Indian journal of veterinary science and animal husbandry - Volumes 22-23, 1952-1953
Year: 1952
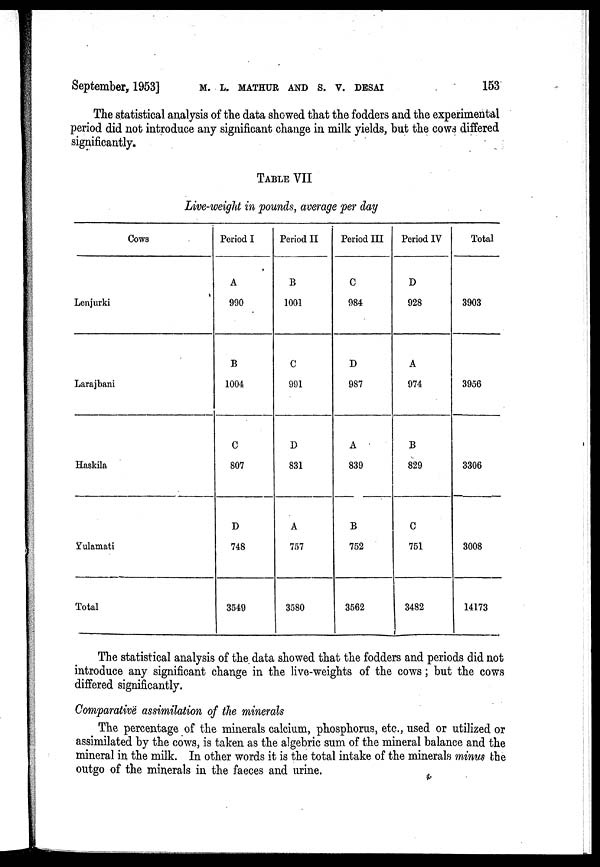
September, 1953] M. L. MATHUR AND S. V. DESAI 153
The statistical analysis of the data showed that the fodders and the experimental
period did not introduce any significant change in milk yields, but the cows differed
significantly.
TABLE VII
Live-weight in pounds, average per day
Cows
Lenjurki
Larajbani
Haskila
Yulamati
Total
Period I
A
990
B
1004
C
807
D
748
3549
Period II
B
1001
C
991
D
831
A
757
3580
Period III
C
984
D
987
A
839
B
752
3562
Period IV
D
928
A
974
B
829
C
751
3482
Total
3903
3956
3306
3008
14173
The statistical analysis of the data showed that the fodders and periods did not
introduce any significant change in the live.weights of the cows; but the cows
differed significantly.
Comparative assimilation of the minerals
The percentage of the minerals calcium, phosphorus, etc., used or utilized or
assimilated by the cows, is taken as the algebric sum of the mineral balance and the
mineral in the milk. In other words it is the total intake of the minerals minus the
outgo of the minerals in the faeces and urine.